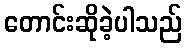
တောင်းဆိုခဲ့ပါသည်